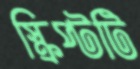
স্ক্রিপ্টটি